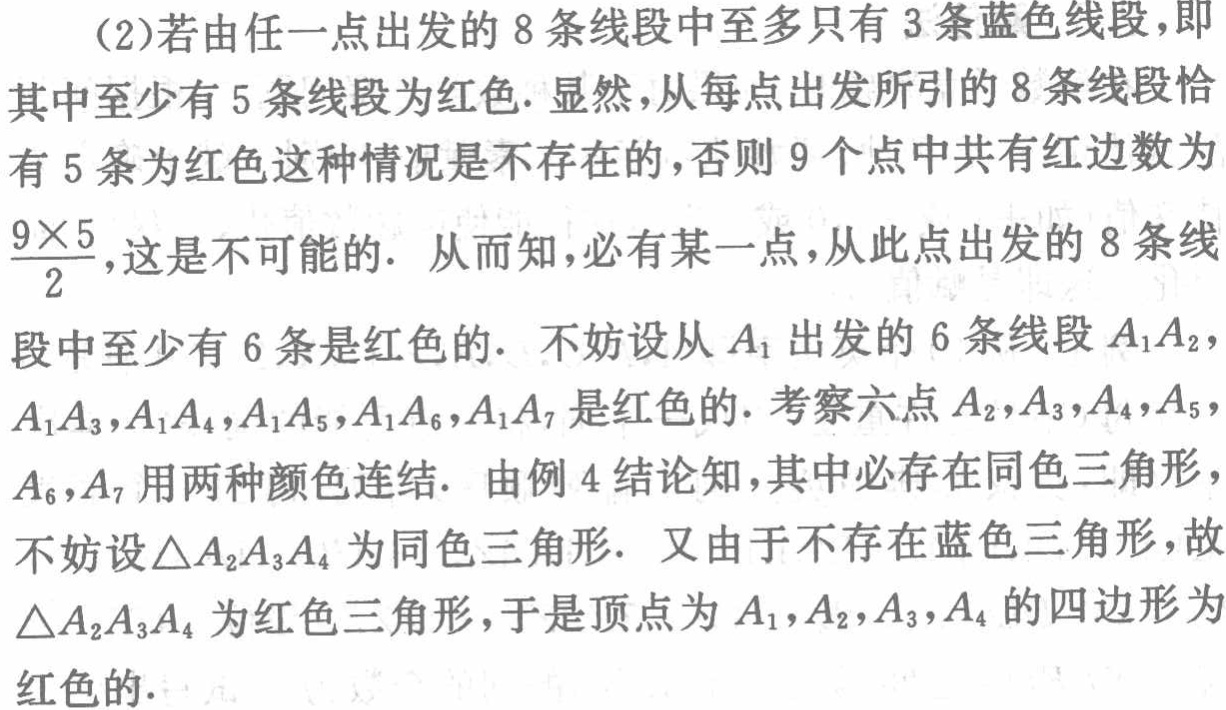
(2)若由任一点出发的8条线段中至多只有3条蓝色线段,即

其中至少有5条线段为红色. 显然,从每点出发所引的8条线段恰

有5条为红色这种情况是不存在的,否则9个点中共有红边数为

$\frac{9\times5}{2}$,这是不可能的. 从而知,必有某一点,从此点出发的8条线

段中至少有6条是红色的. 不妨设从$A_1$出发的6条线段$A_1A_2$,

$A_1A_3,A_1A_4,A_1A_5,A_1A_6,A_1A_7$是红色的. 考察六点$A_2,A_3,A_4,A_5$,

$A_6,A_7$用两种颜色连结. 由例4结论知,其中必存在同色三角形,

不妨设$\triangle A_2A_3A_4$为同色三角形. 又由于不存在蓝色三角形,故

$\triangle A_2A_3A_4$为红色三角形,于是顶点为$A_1,A_2,A_3,A_4$的四边形为

红色的.